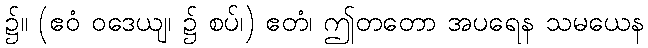
၌။ (ဧဝံ ဝဒေယျ၊ ၌ စပ်၊) ဧတံ၊ ဤတတော အပရေန သမယေန